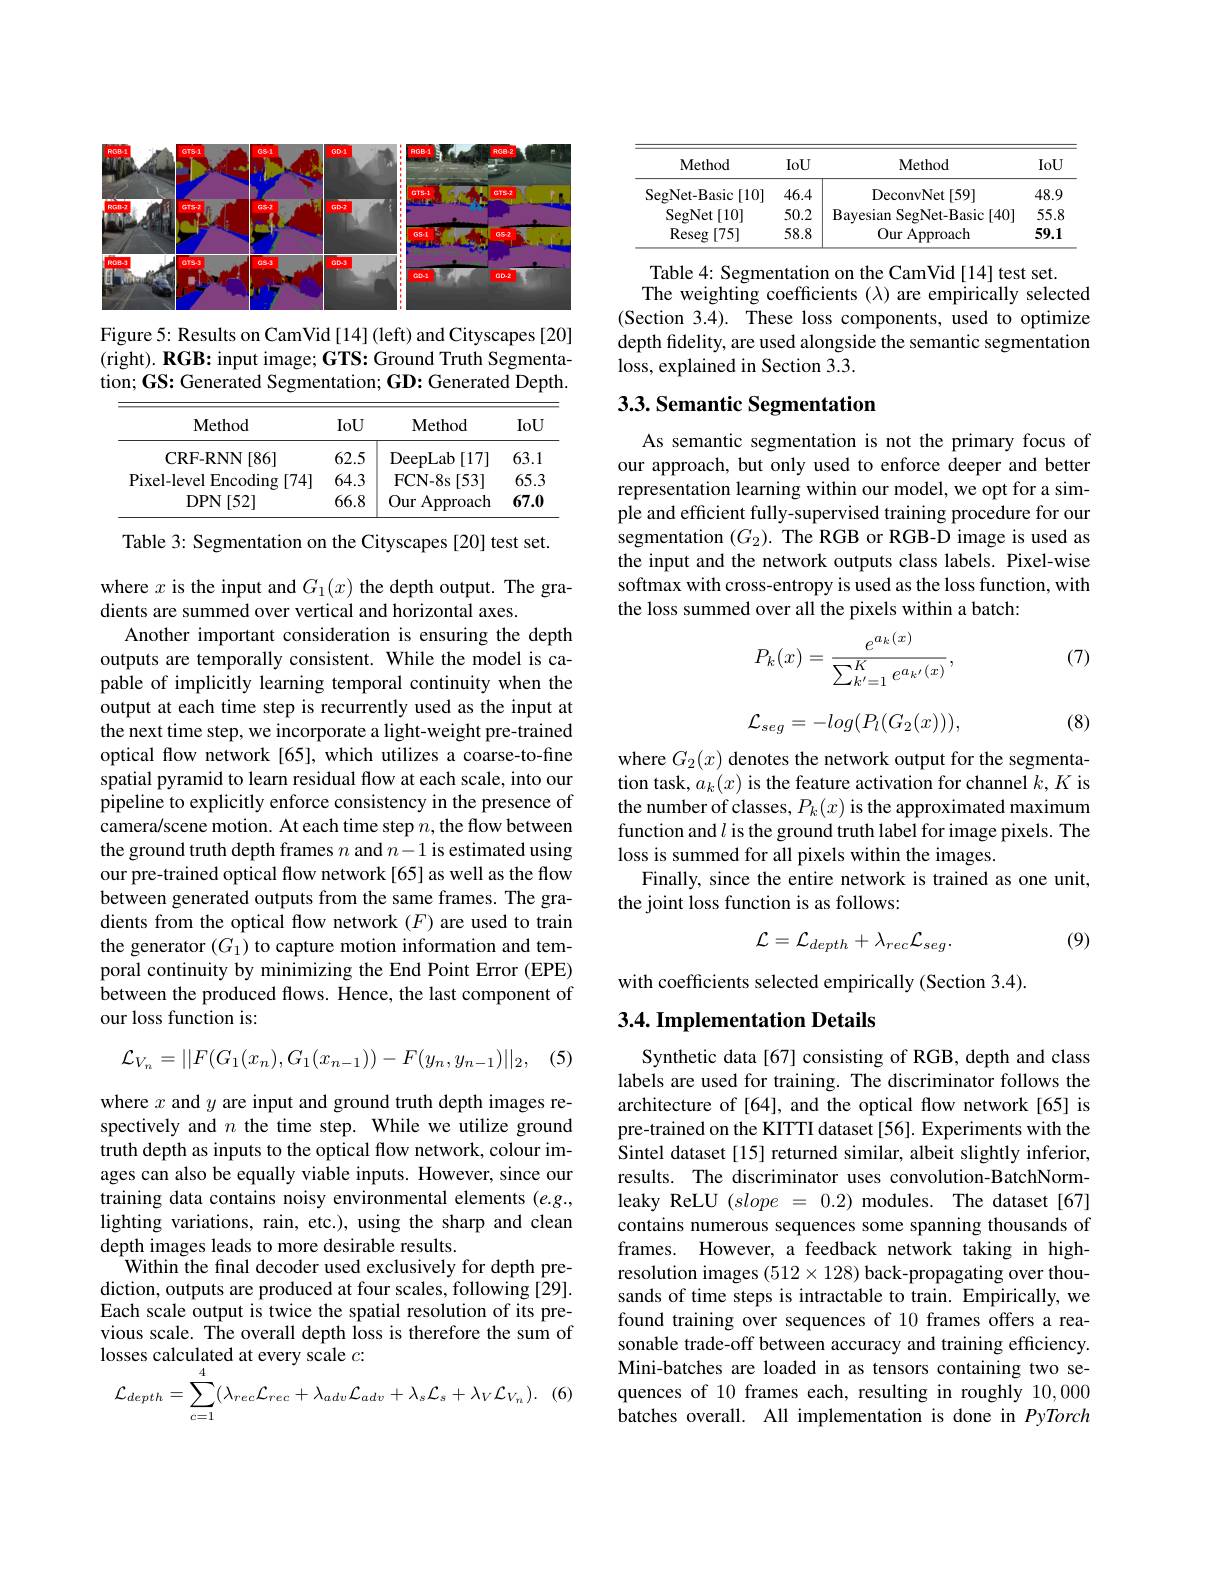
<FigureHere>

Figure 5: Results on CamVid[14] (left) and Cityscapes [20] (right). RGB: input image; $\mathbf{GTS:Ground}$ Truth Segmentation; GS: Generated Segmentation; GD: Generated Depth.

<table>
	<tbody>
		<tr>
			<th>Method</th>
			<th>IoU</th>
			<th>Method</th>
			<th>IoU</th>
		</tr>
		<tr>
			<td>CRF- RNN [ 86] </td>
			<td>62.5</td>
			<td>DeepLab [17] 1</td>
			<td>63.1</td>
		</tr>
		<tr>
			<td>Pixel-level Encoding [74]</td>
			<td>64.3</td>
			<td>FCN- 8s $s[53]$</td>
			<td>65.3</td>
		</tr>
		<tr>
			<td>DPN[ 52] </td>
			<td>66.8</td>
			<td>Our Approach</td>
			<td>67.0</td>
		</tr>
	</tbody>
</table>

Table 3: Segmentation on the Cityscapes [20] test set.

where $x$ is the input and $G_1(x)$ the depth output. The gra-
dients are summed over vertical and horizontal axes.
Another important consideration is ensuring the depth outputs are temporally consistent. While the model is capable of implicitly learning temporal continuity when the output at each time step is recurrently used as the input at the next time step, we incorporate a light-weight pre-trained optical flow network[65], which utilizes a coarse-to-fine spatial pyramid to learn residual flow at each scale, into our pipeline to explicitly enforce consistency in the presence of camera/scene motion. At each time step $n$,the flow between the ground truth depth frames $n$ and $n-1$ is estimated using our pre-trained optical flow network[65] as well as the flow between generated outputs from the same frames. The gradients from the optical flow network $(F)$ are used to train the generator $(G_1)$ to capture motion information and temporal continuity by minimizing the End Point Error (EPE) between the produced flows. Hence, the last component of our loss function is:

(5)
$$\mathcal{L}_{V_n}=||F(G_1(x_n),G_1(x_{n-1}))-F(y_n,y_{n-1})||_2,$$
where $x$ and $y$ are input and ground truth depth images respectively and $n$ the time step. While we utilize ground truth depth as inputs to the optical flow network, colour images can also be equally viable inputs. However, since our training data contains noisy environmental elements $(e.g.$, lighting variations, rain, etc.), using the sharp and clean depth images leads to more desirable results.
Within the final decoder used exclusively for depth prediction, outputs are produced at four scales, following [29]. Each scale output is twice the spatial resolution of its previous scale. The overall depth loss is therefore the sum of losses calculated at every scale $c:$
$$\begin{aligned}&\text{osscs caicuiatcu at cvcly scalc c.}\\&\mathcal{L}_{depth}=\sum_{c=1}^{4}(\lambda_{rec}\mathcal{L}_{rec}+\lambda_{adv}\mathcal{L}_{adv}+\lambda_{s}\mathcal{L}_{s}+\lambda_{V}\mathcal{L}_{V_{n}}).\end{aligned}$$
<table>
	<tbody>
		<tr>
			<th>Method</th>
			<th>IoU</th>
			<th>Method</th>
			<th>IoU</th>
		</tr>
		<tr>
			<td>SegNet-Basic [10]</td>
			<td>46.4</td>
			<td>DeconvNet[59]</td>
			<td>48.9</td>
		</tr>
		<tr>
			<td>SegNet [10]</td>
			<td>50.2</td>
			<td>Bayesian SegNet-Basic[40]</td>
			<td>55.8</td>
		</tr>
		<tr>
			<td>Reseg [75]</td>
			<td>58.8</td>
			<td>Our Approach</td>
			<td>59.1</td>
		</tr>
	</tbody>
</table>

Table 4: Segmentation on the CamVid[14] test set.
The weighting coefficients (λ) are empirically selected (Section 3.4). These loss components, used to optimize depth fidelity, are used alongside the semantic segmentation loss, explained in Section 3.3.

## 3.3. Semantic Segmentation

As semantic segmentation is not the primary focus of our approach, but only used to enforce deeper and better representation learning within our model, we opt for a simple and efficient fully-supervised training procedure for our segmentation $(G_2).$ The RGB or RGB-D image is used as the input and the network outputs class labels. Pixel-wise softmax with cross-entropy is used as the loss function, with the loss summed over all the pixels within a batch:

(7)
$$P_{k}(x)=\frac{e^{a_{k}(x)}}{\sum_{k'=1}^{K}e^{a_{k'}(x)}},$$
$$\mathcal{L}_{seg}=-log(P_{l}(G_{2}(x))),$$
(8)

where $G_2(x)$ denotes the network output for the segmentation task, $a_k(x)$ is the feature activation for channel $k,K$ is the number of classes, $P_k(x)$ is the approximated maximum function and $l$ is the ground truth label for image pixels. The loss is summed for all pixels within the images.
Finally, since the entire network is trained as one unit,
the joint loss function is as follows:

(9)
$$\mathcal{L}=\mathcal{L}_{depth}+\lambda_{rec}\mathcal{L}_{seg}.$$
with coefficients selected empirically (Section 3.4).

## 3.4. Implementation Details

Synthetic data[67] consisting of RGB, depth and class labels are used for training. The discriminator follows the architecture of [64], and the optical flow network [65] is pre-trained on the KITTI dataset [56]. Experiments with the Sintel dataset [15] returned similar, albeit slightly inferior, results. The discriminator uses convolution-BatchNormleaky ReLU $(slope~=~0.2)$ modules. The dataset[67] contains numerous sequences some spanning thousands of frames. However, a feedback network taking in highresolution images $(512\times128)$ back-propagating over thousands of time steps is intractable to train. Empirically, we found training over sequences of 10 frames offers a reasonable trade-off between accuracy and training efficiency. Mini-batches are loaded in as tensors containing two sequences of 10 frames each, resulting in roughly 10,000 batches overall. All implementation is done in PyTorch